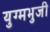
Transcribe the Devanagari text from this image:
युग्मभुजी